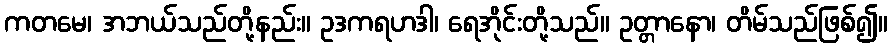
ကတမေ၊ အဘယ်သည်တို့နည်း။ ဥဒကရဟဒါ၊ ရေအိုင်းတို့သည်။ ဥတ္တာနော၊ တိမ်သည်ဖြစ်၍။